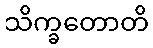
သိက္ခတောတိ